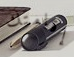
إقامتك